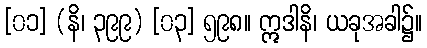
[၀၁] (နိ၊ ၃၉၉) [၀၃] ၅၉၈။ ဣဒါနိ၊ ယခုအခါ၌။